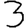
Digit: 3